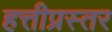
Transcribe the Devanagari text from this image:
हत्तीप्रस्तर